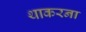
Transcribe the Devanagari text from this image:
थाकरना